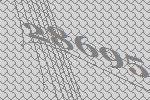
28695